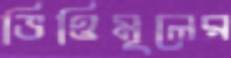
ভিত্তিমূলের